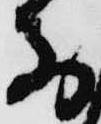
前